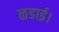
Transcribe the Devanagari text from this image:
ळडाई।